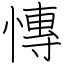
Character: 慱